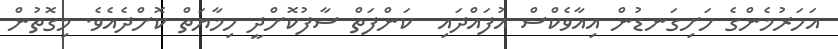
އަހަރުމެންގެ ހަށިގަނޑުން އިއާވެކްސް އުފައްދައި  ކަންފަތް ސާފުކޮށްދީ ހިމާޔަތް ކޮށްދެއެވެ. މިގޮތުން